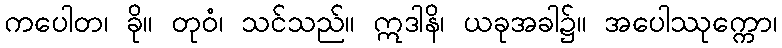
ကပေါတ၊ ခို။ တုဝံ၊ သင်သည်။ ဣဒါနိ၊ ယခုအခါ၌။ အပေါဿုက္ကော၊